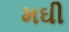
મઘી